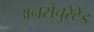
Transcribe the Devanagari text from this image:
अनसैचुरेटेड